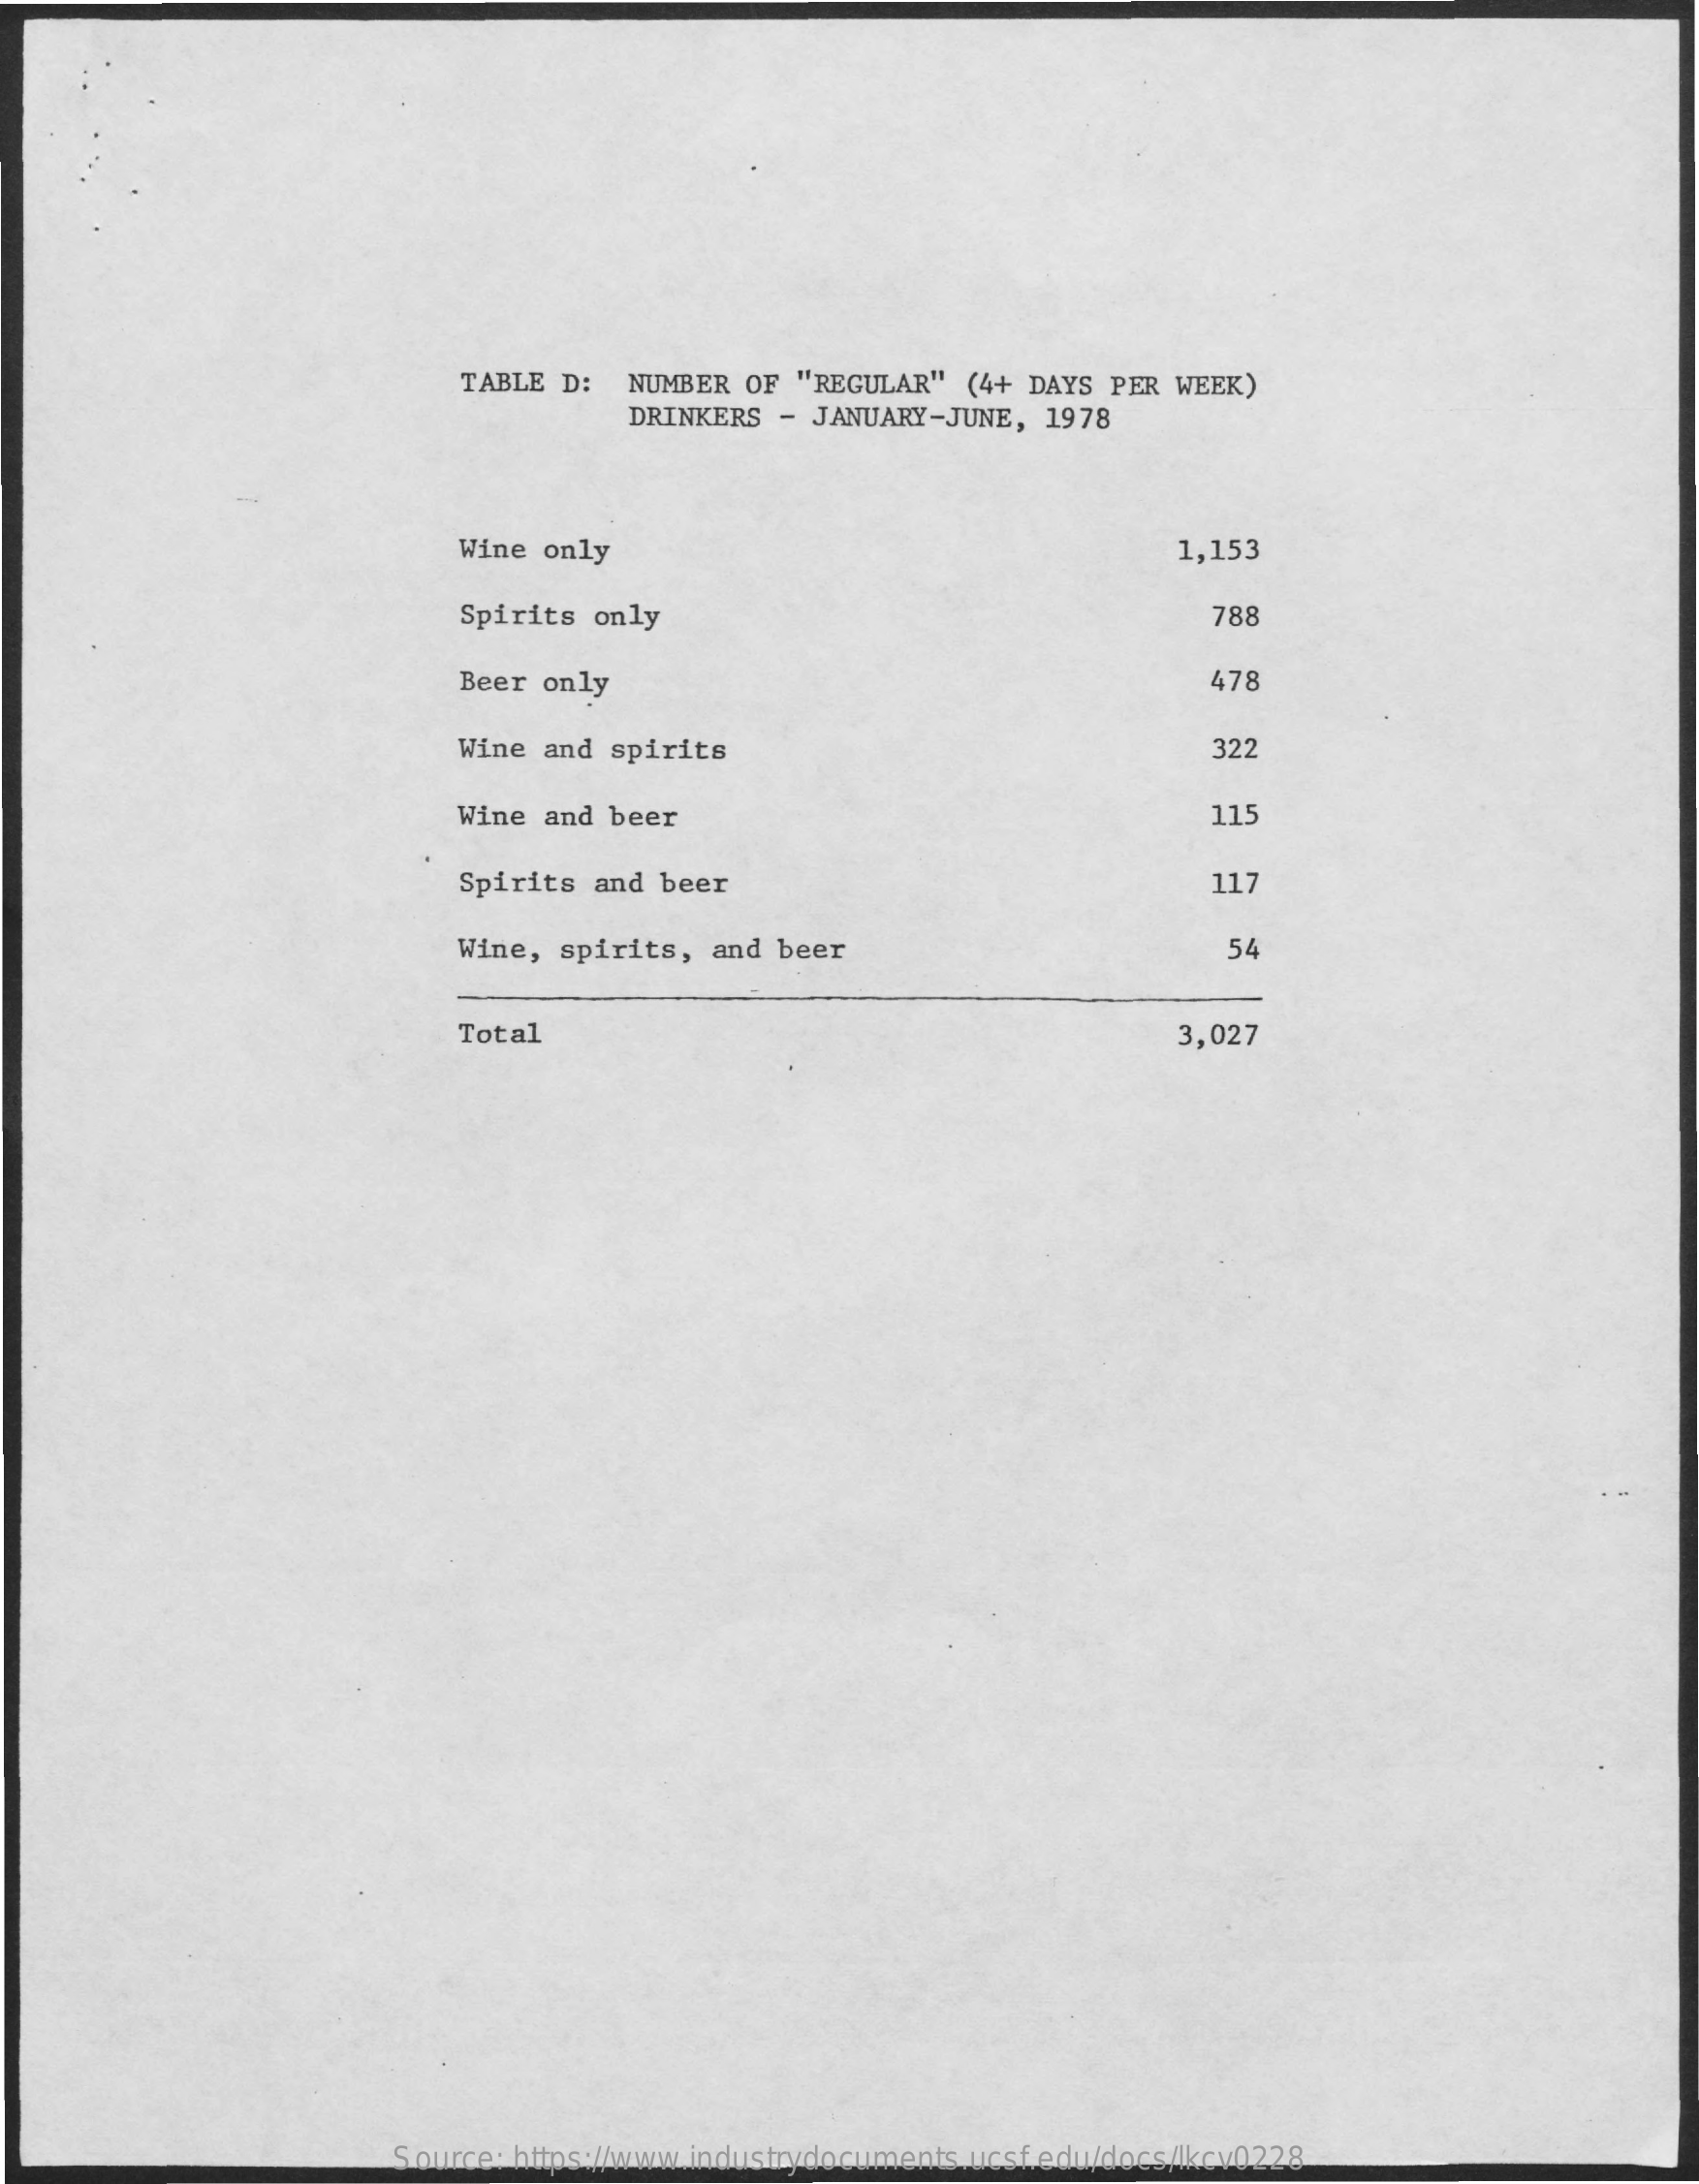
TABLE D:   NUMBER OF  "REGULAR"  (4+ DAYS PER WEEK)
     DRINKERS  - JANUARY-JUNE,  1978
     Wine only    1,153
     Spirits only    788
     Beer only    478
     Wine and  spirits    322
     Wine and beer    115
     Spirits  and beer    117
     Wine, spirits,  and beer    54
     Total    3,027
     Source: https://www.industrydocuments.ucsf.edu/docs/lkcv0228